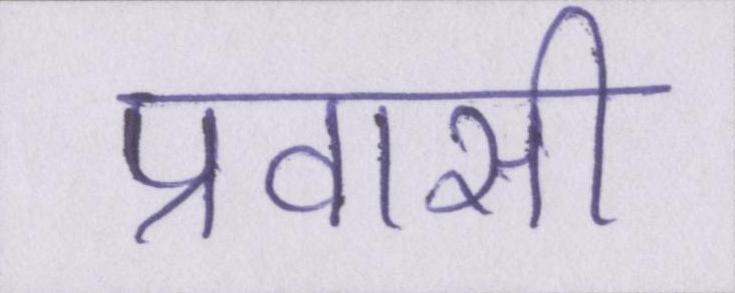
प्रवासी